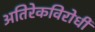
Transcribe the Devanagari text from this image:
अतिरेकविरोधी